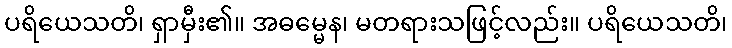
ပရိယေသတိ၊ ရှာမှီး၏။ အဓမ္မေန၊ မတရားသဖြင့်လည်း။ ပရိယေသတိ၊